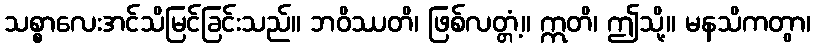
သစ္စာလေးအင်သိမြင်ခြင်းသည်။ ဘဝိဿတိ၊ ဖြစ်လတ္တံ့။ ဣတိ၊ ဤသို့။ မနသိကတွာ၊